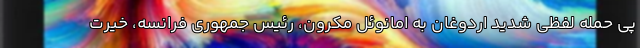
پی حمله لفظی شدید اردوغان به امانوئل مکرون، رئیس جمهوری فرانسه، خیرت